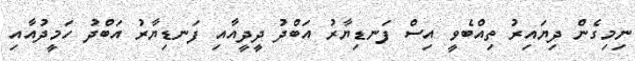
ނިމިގެން ދިޔައިރު ތިއްބެވީ އިސް ފަނޑިޔާރު އަބްދު ދީދީއާއި ފަނޑިޔާރު އަބްދު ހަމީދުއާއި